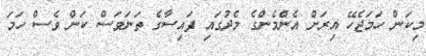
މިކަން ހަމަޖެހޭ އިރަށް އެންމެންގެ މެދުގައި ފައިސާގެ ތަނަވަސް ކަން ވެސް ހަމަ